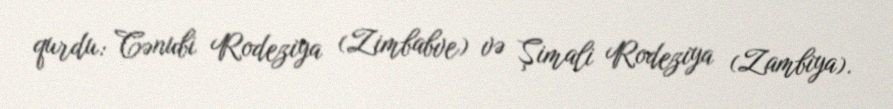
qurdu: Cənubi Rodeziya (Zimbabve) və Şimali Rodeziya (Zambiya).